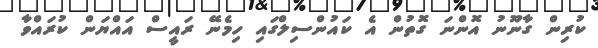
ކުރިން ގާނޫނު އޮންނަ ގޮތުން އެ ކައުންސިލްގައި ހިމެނޭ ރައީސް އައްޔަން ކުރައްވާ